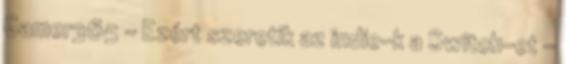
Gamer365 - Ezért szeretik az indie-k a Switch-et -